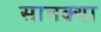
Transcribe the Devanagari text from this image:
सानक्या